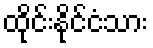
ထိုင်းနိုင်ငံသား